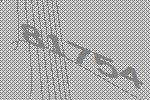
81754